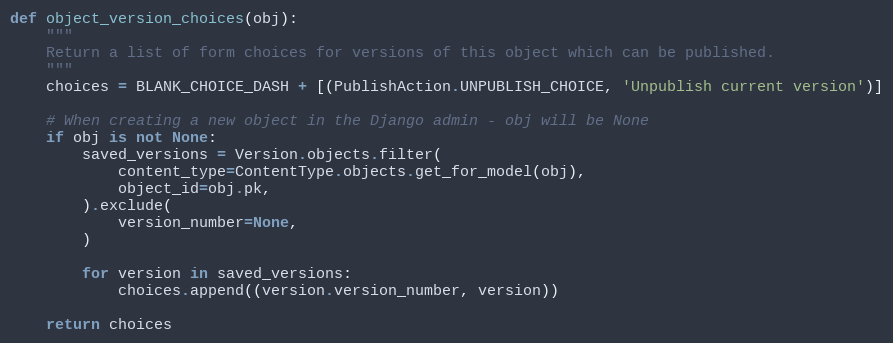
Language: Python
def object_version_choices(obj):
    """
    Return a list of form choices for versions of this object which can be published.
    """
    choices = BLANK_CHOICE_DASH + [(PublishAction.UNPUBLISH_CHOICE, 'Unpublish current version')]

    # When creating a new object in the Django admin - obj will be None
    if obj is not None:
        saved_versions = Version.objects.filter(
            content_type=ContentType.objects.get_for_model(obj),
            object_id=obj.pk,
        ).exclude(
            version_number=None,
        )

        for version in saved_versions:
            choices.append((version.version_number, version))

    return choices